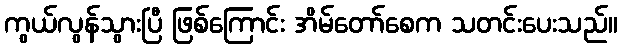
ကွယ်လွန်သွားပြီ ဖြစ်ကြောင်း အိမ်တော်စေက သတင်းပေးသည်။